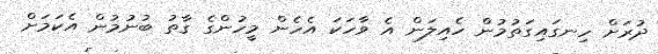
ދުރަށް ހިނގައިގަތުމުން ހެއިލަން އެ ވާހަކަ އެހެން މީހުންގެ ގާތު ބުނުމުން އެކަމަށް